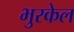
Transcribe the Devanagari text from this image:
भुरकेल